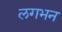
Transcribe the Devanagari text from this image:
लगभन